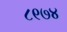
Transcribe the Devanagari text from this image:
८९७४